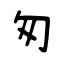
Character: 匆